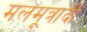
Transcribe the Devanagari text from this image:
मलमूत्रादी